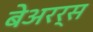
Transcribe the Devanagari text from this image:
बेअरर्स